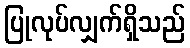
ပြုလုပ်လျှက်ရှိသည်